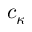
c _ { \kappa }